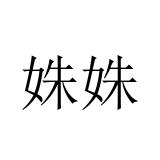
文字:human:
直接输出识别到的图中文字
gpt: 姝姝